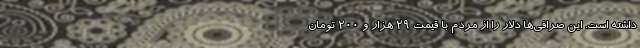
داشته است. این صرافی‌ها دلار را از مردم با قیمت ۲۹ هزار و ۲۰۰ تومان